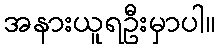
အနားယူရဦးမှာပါ။